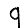
Digit: 9